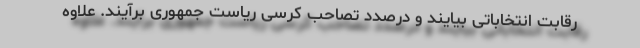
رقابت انتخاباتی بیایند و درصدد تصاحب کرسی ریاست جمهوری برآیند. علاوه